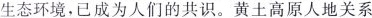
生态环境，已成为人们的共识。黄土高原人地关系